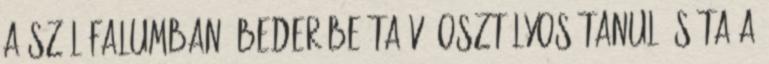
a szülőfalumban. Beder Beáta V. osztályos tanuló Séta a